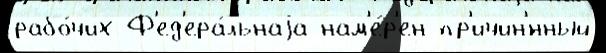
рабо́чих Ф'ед'ера́льнаjа нам'е́р'ен пр'ичин'́нный